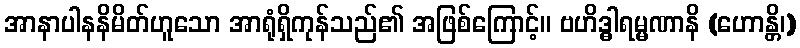
အာနာပါနနိမိတ်ဟူသော အာရုံရှိကုန်သည်၏ အဖြစ်ကြောင့်။ ဗဟိဒ္ဓါရမ္မဏာနိ (ဟောန္တိ၊)